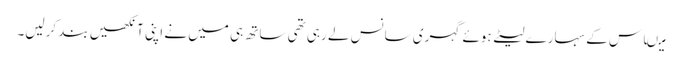
میںاس کے سہارے لیٹے ہوئے گہری سانس لے رہی تھی ساتھ ہی میں نے اپنی آنکھیں بند کرلیں۔